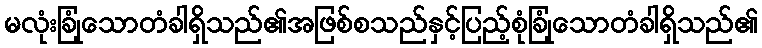
မလုံးခြုံသောတံခါရှိသည်၏အဖြစ်စသည်နှင့်ပြည့်စုံခြုံသောတံခါရှိသည်၏